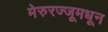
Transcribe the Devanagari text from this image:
मेरुरज्जूमधून